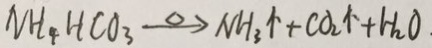
N H _ { 4 } H C O _ { 3 } \xrightarrow { \Delta } N H _ { 3 } \uparrow + C O _ { 2 } \uparrow + H _ { 2 } O